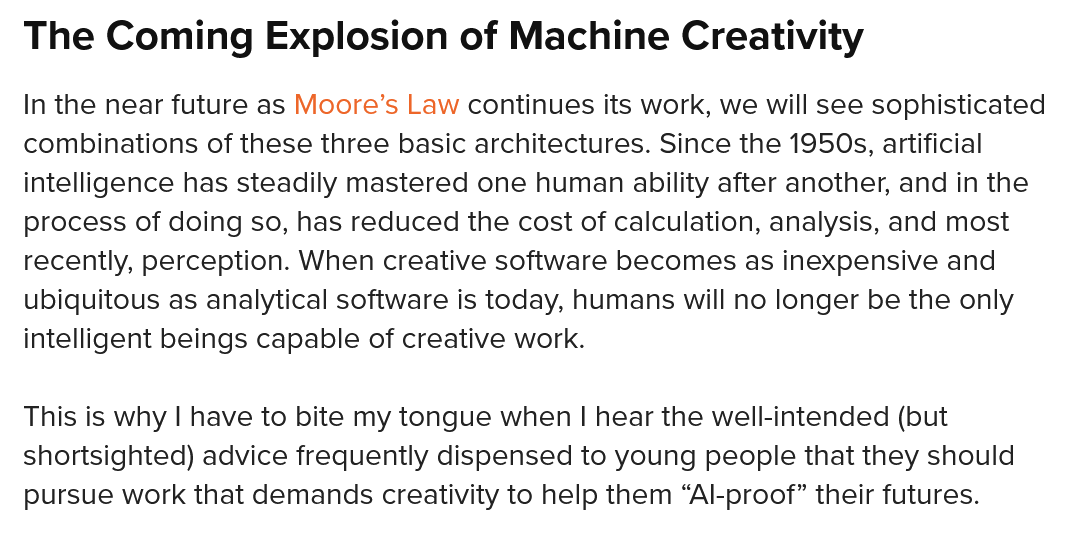
The   Coming    Explosion    of  Machine  Creativity
  In the near future as Moore’s Law continues its work, we will see sophisticated
  combinations of these three basic architectures. Since the 1950s, artificial
  intelligence has steadily mastered one human ability after another, and in the
  process of doing so, has reduced the cost of calculation, analysis, and most
  recently, perception. When creative software becomes as inexpensive and
  ubiquitous as analytical software is today, humans will no longer be the only
  intelligent beings capable of creative work.
  This is why | have to bite my tongue when | hear the well-intended (but
  shortsighted) advice frequently dispensed to young people that they should
  pursue work that demands creativity to help them “Al-proof” their futures.